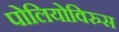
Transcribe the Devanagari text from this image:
पोलियोविरुस